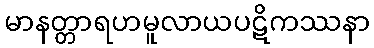
မာနတ္တာရဟမူလာယပဋိကဿနာ